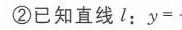
\textcircled{2}已知直线 \(l\)：\(y =\)